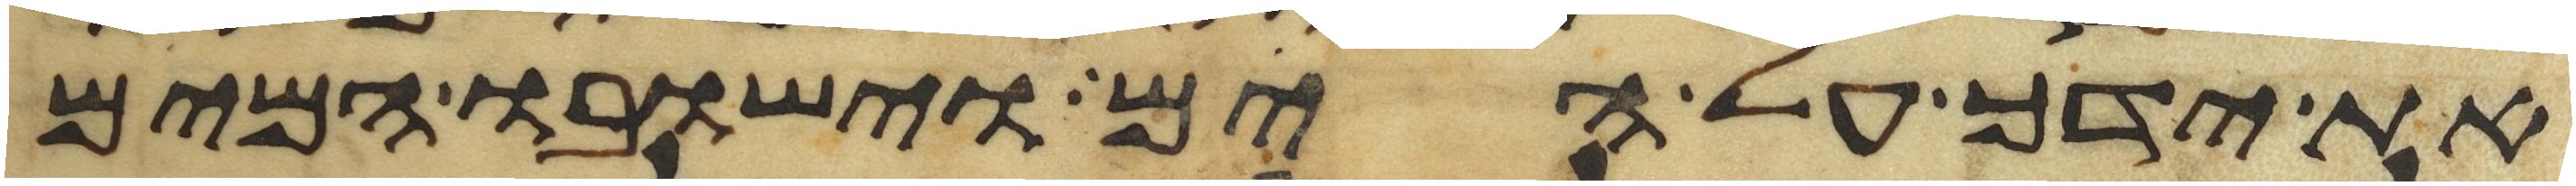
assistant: את ידך על הים וישובו המים